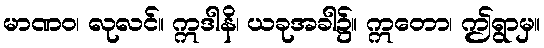
မာဏဝ၊ လုလင်။ ဣဒါနိ၊ ယခုအခါ၌။ ဣတော၊ ဤရွာမှ။